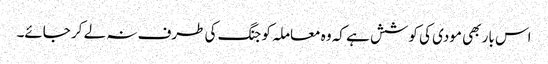
اس بار بھی مودی کی کوشش ہے کہ وہ معاملہ کو جنگ کی طرف نہ لے کر جائے۔